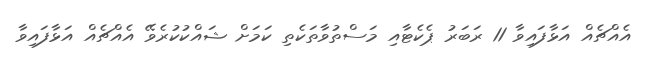
އެއްޗެއް އަޅާފައިވާ 11 ރަބަރު ޕެކެޓާއި މަސްތުވާތަކެތި ކަމަށް ޝައްކުކުރެވޭ އެއްޗެއް އަޅާފައިވާ